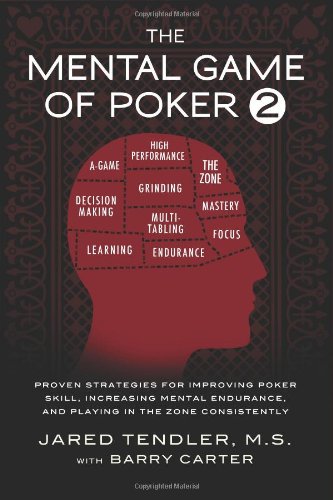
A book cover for The Mental Game of Poker 2: Proven Strategies for Improving Poker Skill, Increasing Mental Endurance, and Playing in the Zone Consistently; Jared Tendler; Humor & Entertainment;